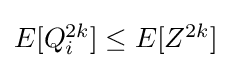
{\textstyle E[Q_{i}^{2k}]\leq E[Z^{2k}]}